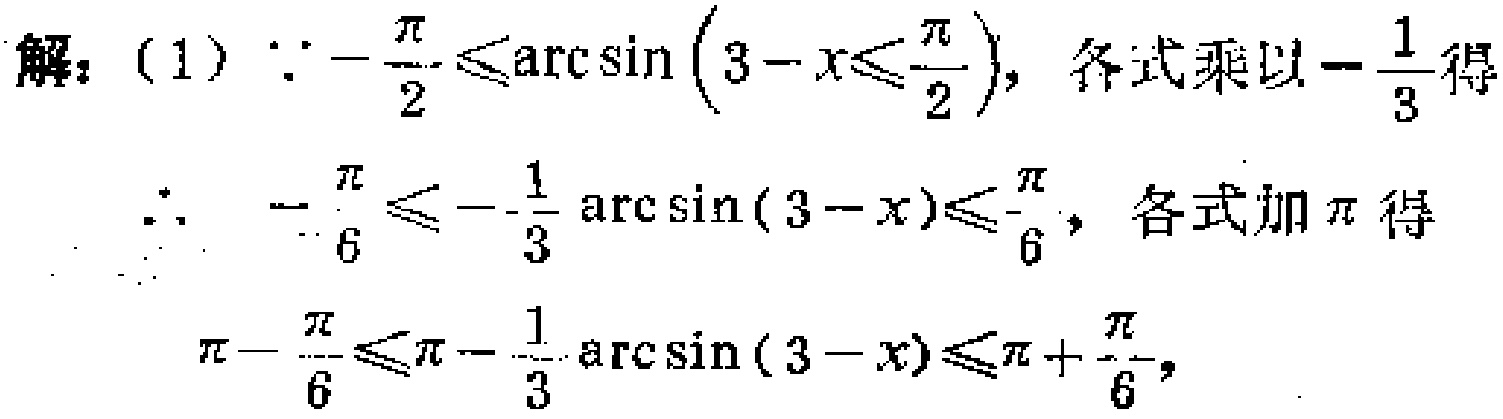
解：（1）$\because -\frac{\pi}{2} \leqslant \arcsin(3 - x)\leqslant\frac{\pi}{2}$，各式乘以$-\frac{1}{3}$得
$\therefore -\frac{\pi}{6} \leqslant -\frac{1}{3}\arcsin(3 - x)\leqslant\frac{\pi}{6}$，各式加$\pi$得
$\pi-\frac{\pi}{6} \leqslant \pi - \frac{1}{3}\arcsin(3 - x)\leqslant\pi+\frac{\pi}{6}$，